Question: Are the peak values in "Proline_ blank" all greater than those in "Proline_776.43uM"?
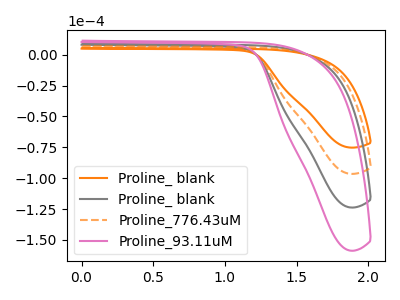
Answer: <think>The orange curve "Proline_ blank" has no peaks. The gray curve "Proline_ blank" has no peaks. The orange dashed curve "Proline_776.43uM" has no peaks. The pink curve "Proline_93.11uM" has no peaks.</think>
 <answer>Niether CV has any peaks.</answer>
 <eval>blanks</eval>